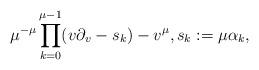
LaTeX: \begin{align*}\mu^{-\mu}\prod_{k=0}^{\mu-1}(v\partial_v-s_k)-v^\mu,s_k:=\mu\alpha_k,\end{align*}